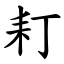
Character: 耓